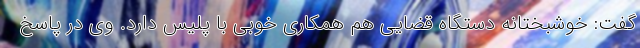
گفت: خوشبختانه دستگاه قضایی هم همکاری خوبی با پلیس دارد. وی در پاسخ